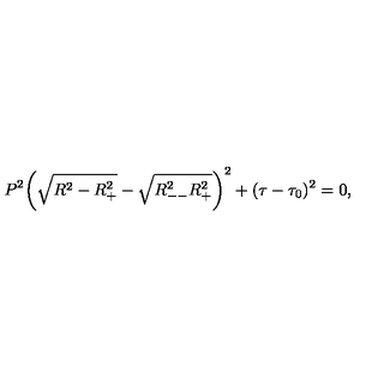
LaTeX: P ^ { 2 } \bigg ( \sqrt { R ^ { 2 } - R _ { + } ^ { 2 } } - \sqrt { R _ { -- } ^ { 2 } R _ { + } ^ { 2 } } \bigg ) ^ { 2 } + ( \tau - \tau _ { 0 } ) ^ { 2 } = 0 ,